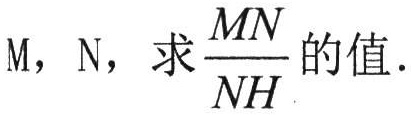
$\text{M，N，求}\frac{MN}{NH}\text{的值.}$